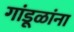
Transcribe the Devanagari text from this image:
गांडूळांना